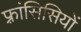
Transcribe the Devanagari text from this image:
फ़्रांसिसियों